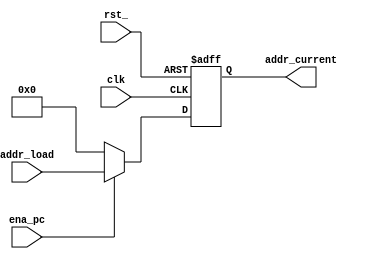
module PC(clk,addr_load,addr_current,ena_pc,rst_);
input clk;
input ena_pc;
input rst_;
input [31:0] addr_load;
output wire [31:0] addr_current;
reg [31:0] addr;
assign addr_current = addr;
always@(posedge clk or negedge rst_)
begin
        if (!rst_)
        begin
        addr <= 10'b0;
        end
        else if (ena_pc) 
        begin 
        addr <= addr_load;
        end
        else begin 
                addr <= 10'b0;
             end
end
endmodule